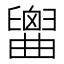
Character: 𦦤